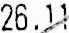
26.11